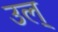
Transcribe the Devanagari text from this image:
उल्‌